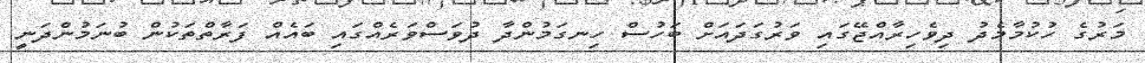
މަރުގެ ހުކުމާމެދު ދިވެހިރާއްޖޭގައި ވަރުގަދައަށް ބަހުސް ހިނގަމުންދާ ދުވަސްވަރެއްގައި ބައެއް ފަރާތްތަކުން ބުނަމުންދަނީ